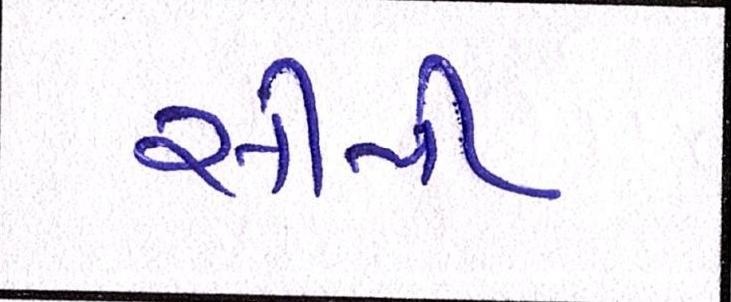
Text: સીપી